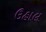
ઉહાલ